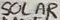
Text: SOLAR